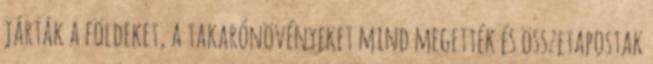
járták a földeket, a takarónövényeket mind megették és összetapostak